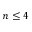
n \le 4